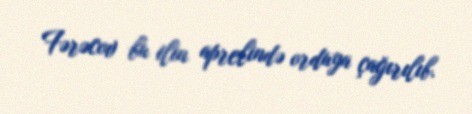
Fərəcov bu ilin aprelində orduya çağırılıb.